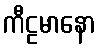
ကီဠမာနော